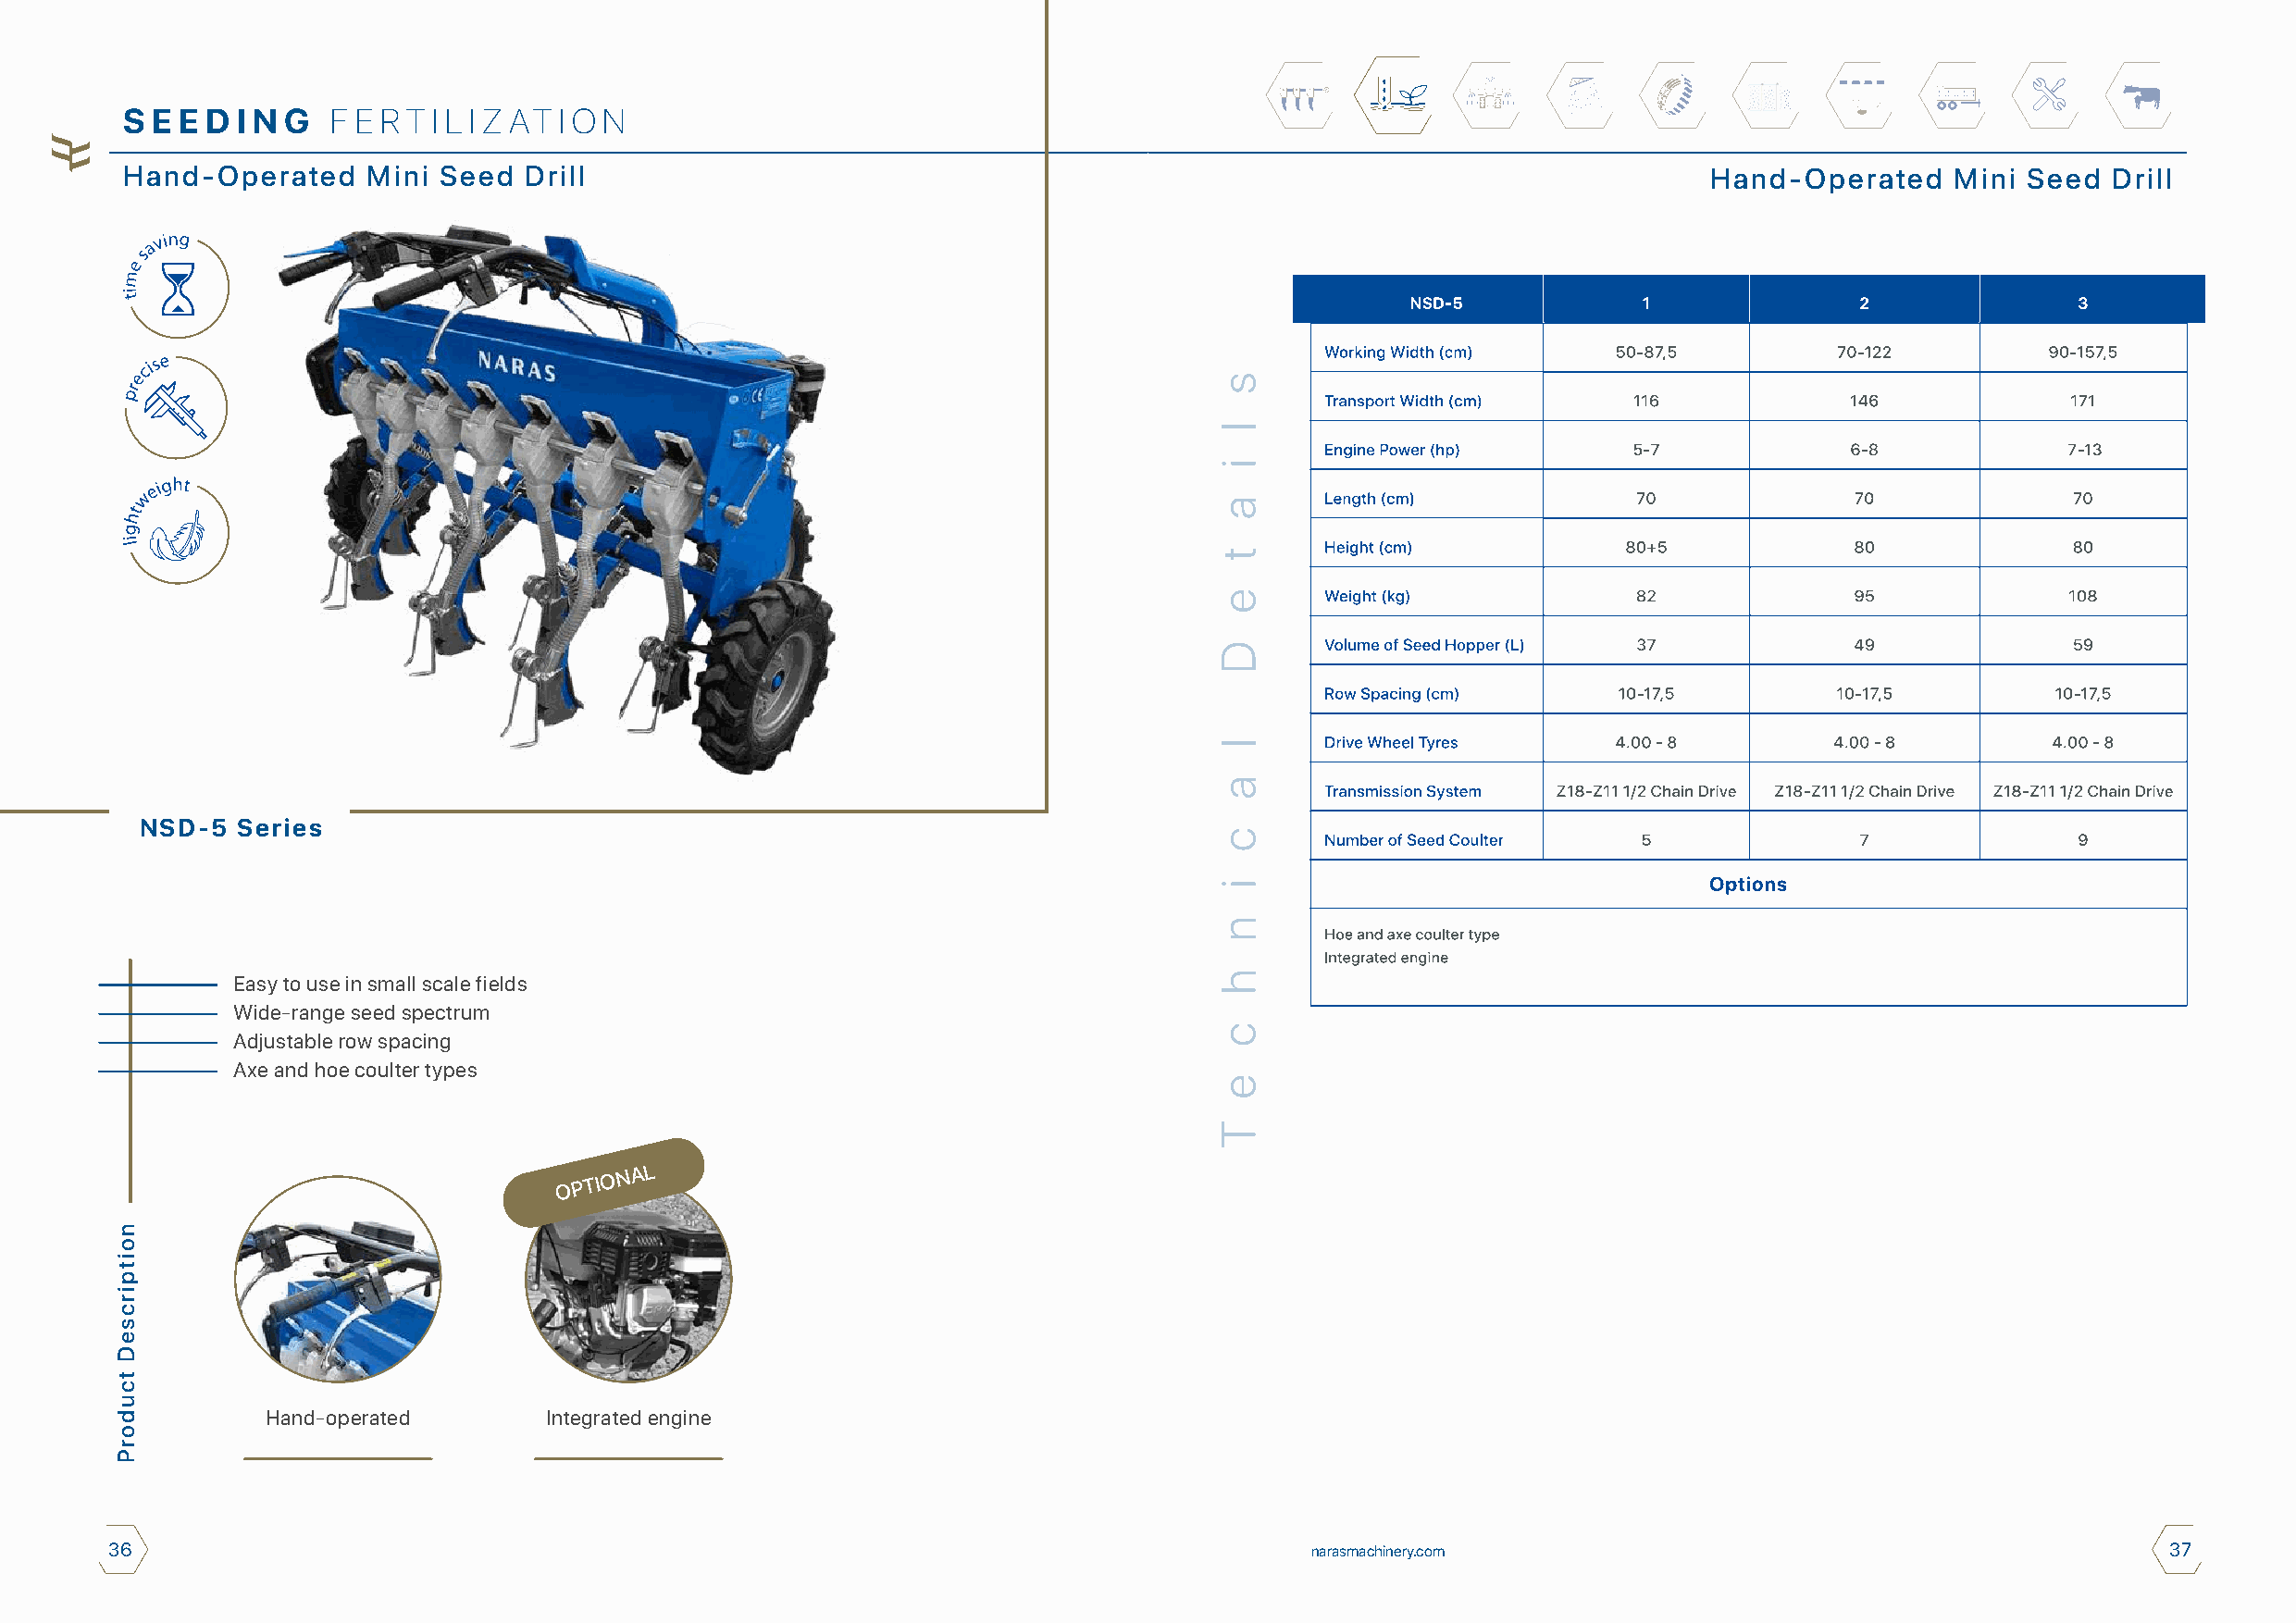
S E E D I N G  F E R T I L I Z AT I O N
 Hand-Operated    Mini Seed   Drill                                                                               Hand-Operated     Mini Seed  Drill
 NSD-5  Series
 Easy to use in small scale fields
 Wide-range seed spectrum
 Adjustable row spacing
 Axe and hoe coulter types
 OPTIONAL
 Hand-operated       Integrated engine
 36                                                                                    narasmachinery.com                                           37
 noitpircseD
 tcudorP
 s
 l
 i
 a
 t
 e
 D
 l
 a
 c
 i
 n
 h
 c
 e
 T